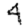
Digit: 4